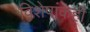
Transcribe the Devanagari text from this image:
विशेषांकही